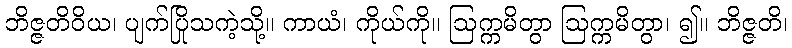
ဘိဇ္ဇတိဝိယ၊ ပျက်ပြိုသကဲ့သို့။ ကာယံ၊ ကိုယ်ကို။ ဩက္ကမိတွာ ဩက္ကမိတွာ၊ ၍။ ဘိဇ္ဇတိ၊